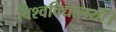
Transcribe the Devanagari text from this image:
विश्वविद्यालयों।